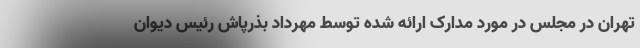
تهران در مجلس در مورد مدارک ارائه شده توسط مهرداد بذرپاش رئیس دیوان